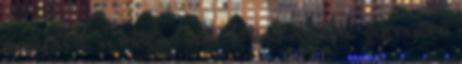
nagy volt, a magas volt. Mind a kettő gyönyörű